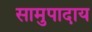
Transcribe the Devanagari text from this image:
सामुपादाय